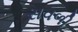
સવળી